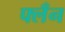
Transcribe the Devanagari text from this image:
फ्लँन